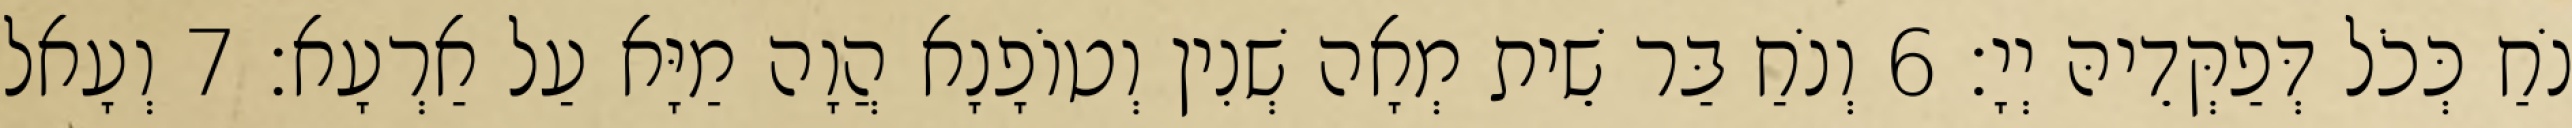
נֹחַ כְּכֹל דְּפַקְּדֵיהּ יְיָ׃ 6 וְנֹחַ בַּר שֵׁית מְאָה שְׁנִין וְטוֹפָנָא הֲוָה מַיָּא עַל אַרְעָא׃ 7 וְעָאל